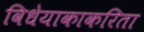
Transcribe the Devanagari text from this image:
विधेयाकाकरिता